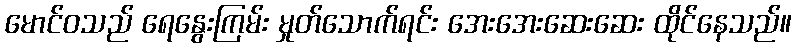
မောင်ဝသည် ရေနွေးကြမ်း မှုတ်သောက်ရင်း အေးအေးဆေးဆေး ထိုင်နေသည်။